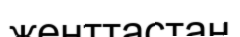
женттастан